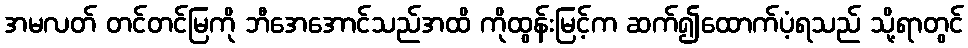
အမလတ် တင်တင်မြကို ဘီအေအောင်သည်အထိ ကိုထွန်းမြင့်က ဆက်၍ထောက်ပံ့ရသည် သို့ရာတွင်